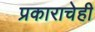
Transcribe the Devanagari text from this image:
प्रकाराचेही